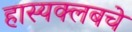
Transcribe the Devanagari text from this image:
हास्यक्लबचे